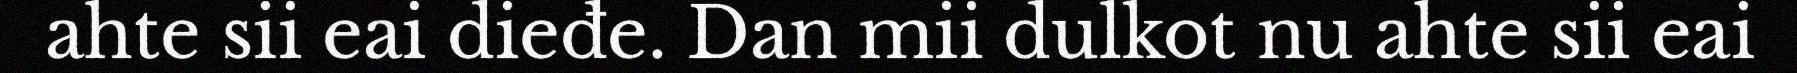
ahte sii eai dieđe. Dan mii dulkot nu ahte sii eai